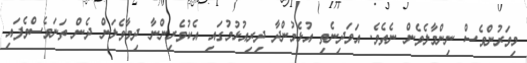
މިވަރުންވެސް ނިންމާލެވެން ނެތެވެ. އަވަދިނެތި އުޅެމުންދާ ދިރިއުޅުމުގައި އެކުވެރިންނާ ދިމާވެލަން ދެން ތަނަވެސްވެފައި